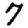
Digit: 7